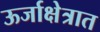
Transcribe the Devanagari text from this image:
ऊर्जाक्षेत्रात